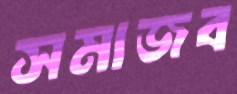
সমাজব